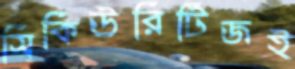
সিকিউরিটিজই